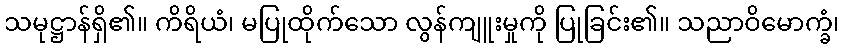
သမုဋ္ဌာန်ရှိ၏။ ကိရိယံ၊ မပြုထိုက်သော လွန်ကျူးမှုကို ပြုခြင်း၏။ သညာဝိမောက္ခံ၊